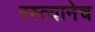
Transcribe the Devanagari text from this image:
रस्त्यानेच